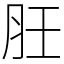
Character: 䏕